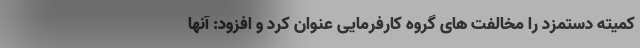
کمیته دستمزد را مخالفت های گروه کارفرمایی عنوان کرد و افزود: آنها